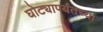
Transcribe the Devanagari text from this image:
घोट्यापर्यंतच्या